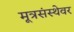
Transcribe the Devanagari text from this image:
मूत्रसंस्थेवर